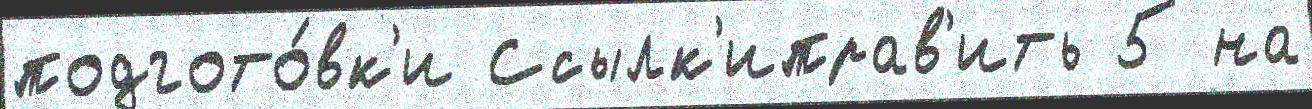
подгото́вк'и Ссылк'иправ'ить 5 на